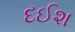
દઈશ